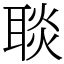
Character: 𦖠